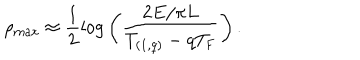
\rho _ { \mathrm { m a x } } \approx { \frac { 1 } { 2 } } { \log } \left( { \frac { 2 E / \pi L } { T _ { ( 1 , q ) } - q T _ { \mathrm { F } } } } \right) .